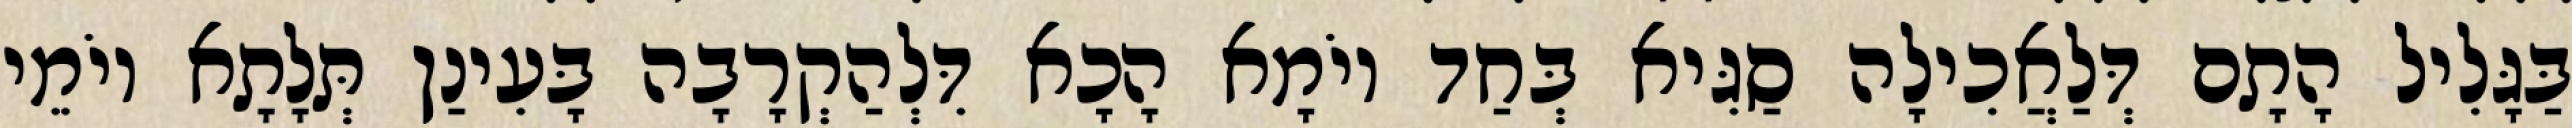
בַּגָּלִיל הָתָם דְּלַאֲכִילָה סַגִּיא בְּחַד יוֹמָא הָכָא דִּלְהַקְרָבָה בָּעִינַן תְּלָתָא יוֹמֵי